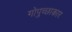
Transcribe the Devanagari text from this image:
गोपुच्छाकार